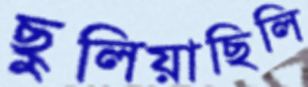
ছুলিয়াছিলি